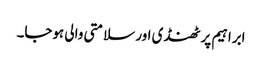
ابراہیم پر ٹھنڈی اور سلامتی والی ہوجا۔